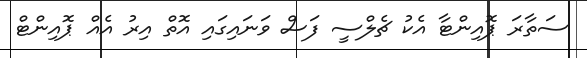
ސަތާރަ ޕޮއިންޓާ އެކު ޗެލްސީ ފަސް ވަނައިގައި އޮތް އިރު އެއް ޕޮއިންޓް